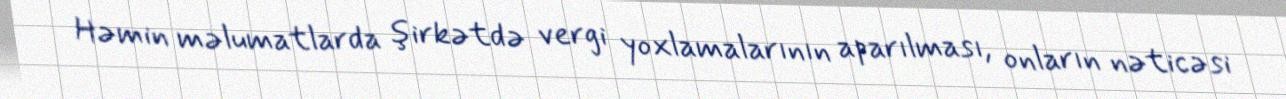
Həmin məlumatlarda şirkətdə vergi yoxlamalarının aparılması, onların nəticəsi